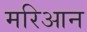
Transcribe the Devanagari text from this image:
मरिआन